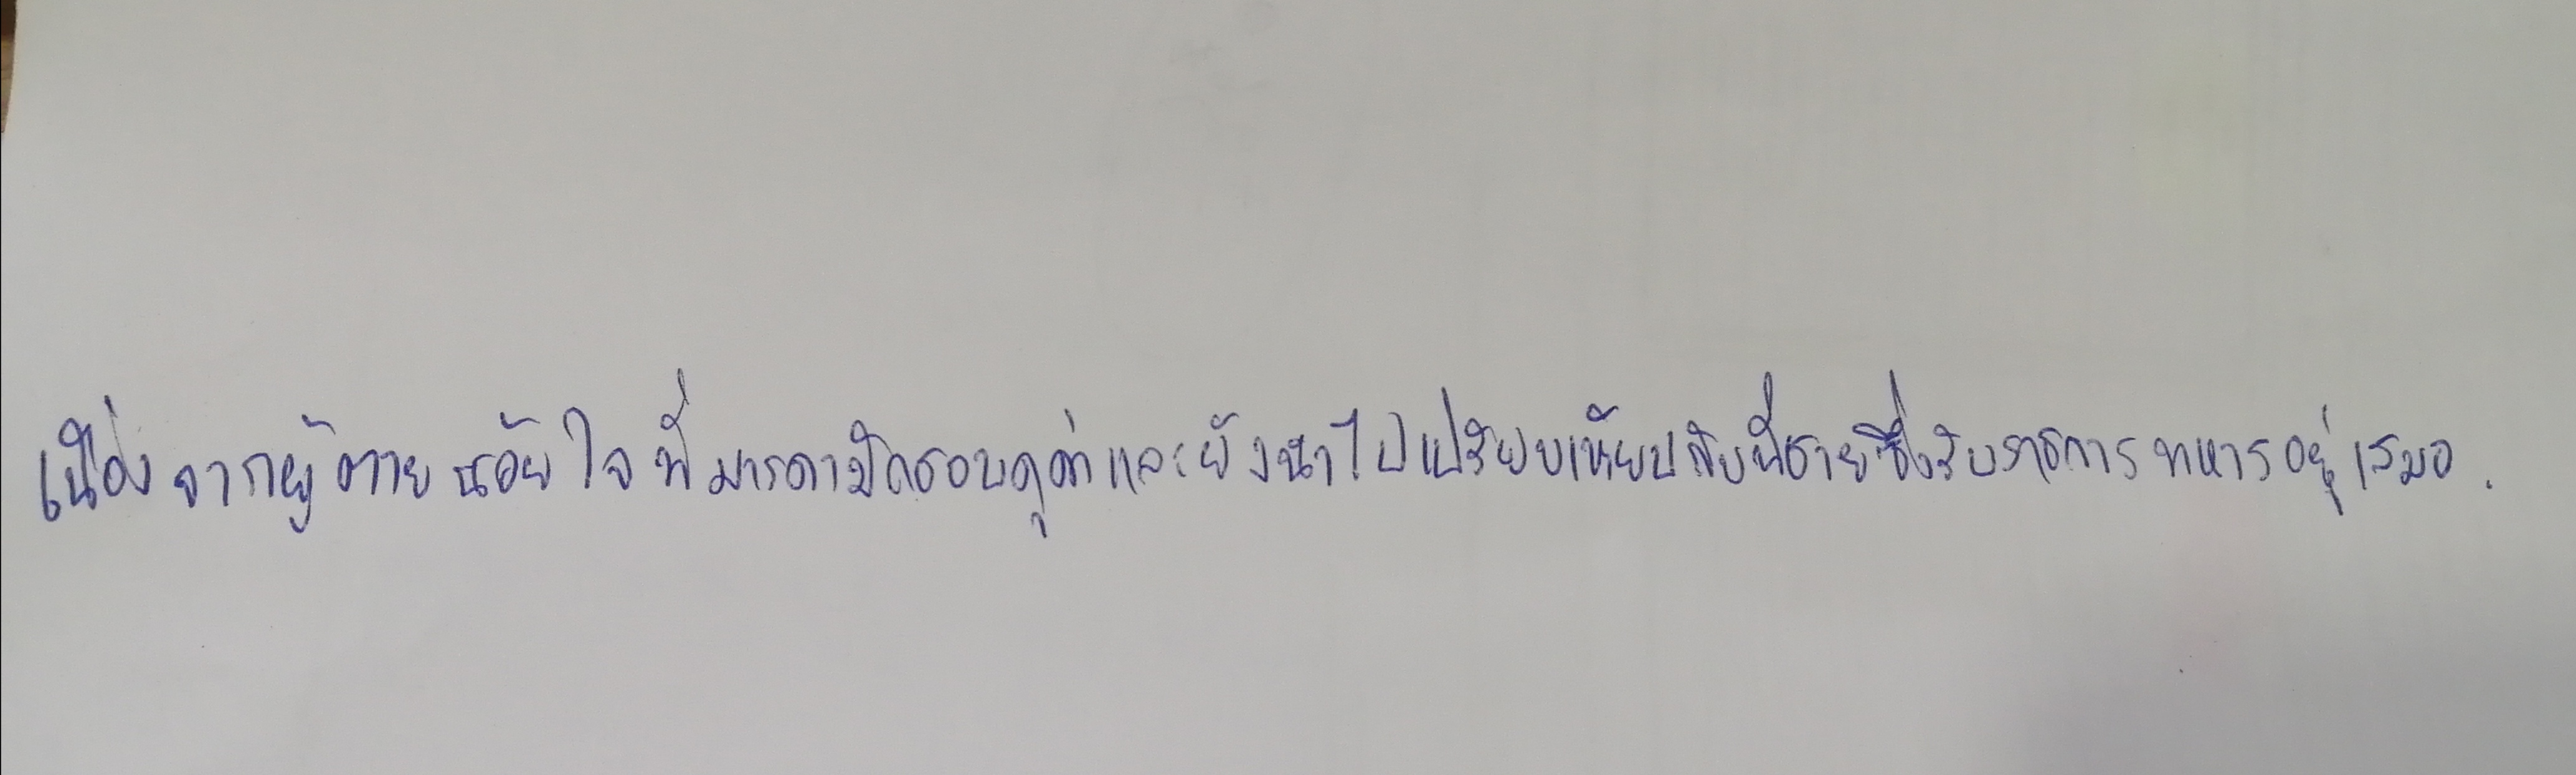
เนื่องจากผู้ตายน้อยใจที่มารดามักชอบดุด่าและยังนำไปเปรียบเทียบกับพี่ชายซึ่งรับราชการทหารอยู่เสมอ